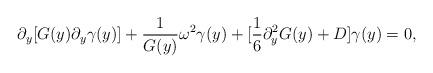
LaTeX: \begin{align*}\partial_y [G(y) \partial_y \gamma(y)] + \frac{1}{G(y)}\omega^2\gamma(y)+ [\frac{1}{6} \partial_y^2G(y) + D] \gamma(y) = 0, \end{align*}